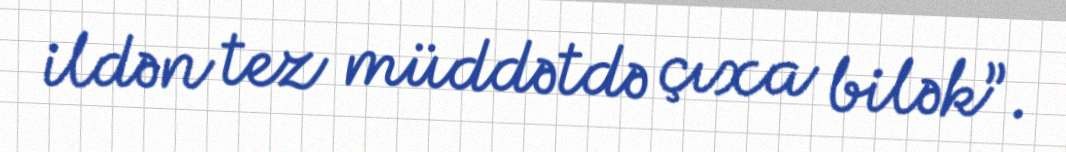
ildən tez müddətdə çıxa bilək”.